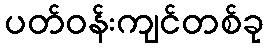
ပတ်ဝန်းကျင်တစ်ခု